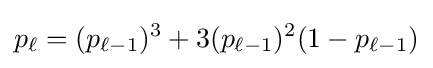
p_{\ell }=(p_{\ell -1})^{3}+3(p_{\ell -1})^{2}(1-p_{\ell -1})